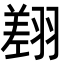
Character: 𦑺